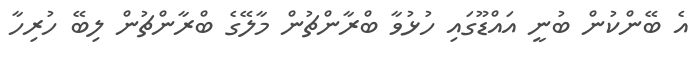
އެ ބޭންކުން ބުނީ އައްޑޫގައި ހުޅުވާ ބްރާންޗުން މާލޭގެ ބްރާންޗުން ލިބޭ ހުރިހާ